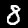
Label: 8